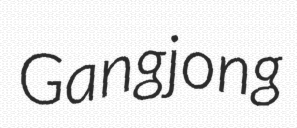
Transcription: Gangjong